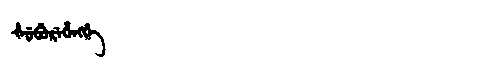
Manchu: ᡧᡠᠪᡠᡵᡝᡥᡝᠩᡤᡝ
Romanization: ŠUBUREHENGGE